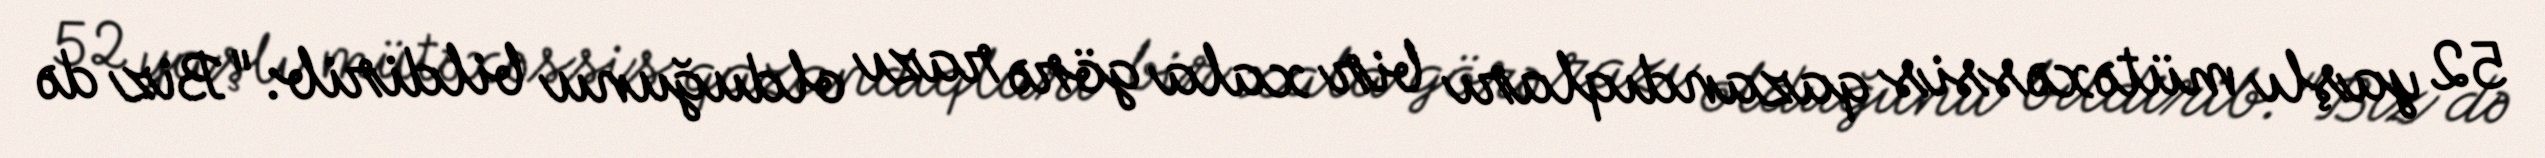
52 yaşlı mütəxəssis qazandıqları bir xala görə razı olduğunu bildirib: "Biz də